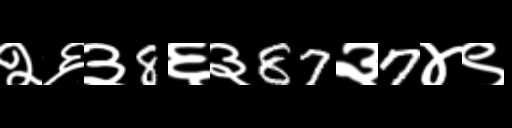
Text: २६३8६३87३7४९